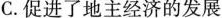
C.促进了地主经济的发展